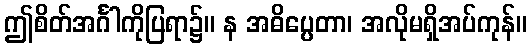
ဤစိတ်အင်္ဂါကိုပြရာ၌။ န အဓိပ္ပေတာ၊ အလိုမရှိအပ်ကုန်။